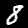
Label: 8